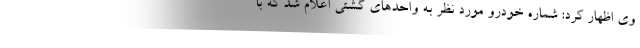
وی اظهار کرد: شماره خودرو مورد نظر به واحدهای گشتی اعلام شد که با